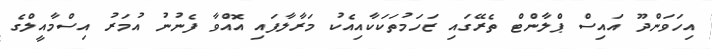
އިހަވަންދޫ އައިސް ޕްލާންޓް ތެރޭގައި ޒަހަމުތަކަކާއިއެކު މަރާލާފައި އޮއްވާ ފެނުނު އުމަރު އިސްމާއީލްގެ